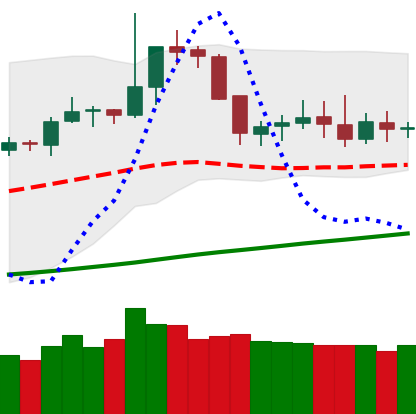
Ticker: DOGE-USD
Chart end date: 2019-06-12
Forward return: 4.01%
Label: up_3_5